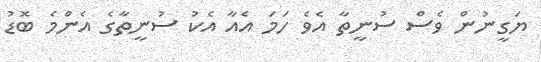
ޔަގީނުން ވެސް ސުނީތާ އެވެ ހަމަ އެއާ އެކު ސުނީތާގެ އެންމެ ބޮޑު